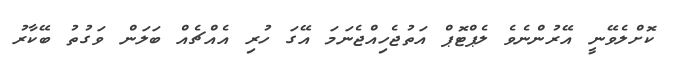
ކޮށްލެވޭނީ އޭރުންނެވެ ލެޕްޓޮޕް އަތުޖެހިއްޖެނަމަ އޭގަ ހުރި އެއްޗެއް ބަލަން ވަގުތު ބޭކާރު